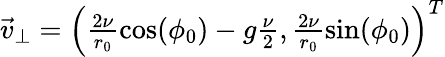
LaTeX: \begin{array}{r}{\vec{v}_{\perp}=\left(\frac{2\nu}{r_{0}}\cos(\phi_{0})-g\frac{\nu}{2},\frac{2\nu}{r_{0}}\sin(\phi_{0})\right)^{T}}\end{array}